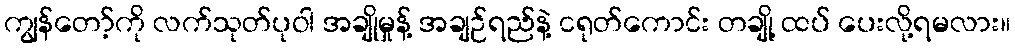
ကျွန်တော့်ကို လက်သုတ်ပုဝါ အချိုမှုန့် အချဉ်ရည်နဲ့ ငရုတ်ကောင်း တချို့ ထပ် ပေးလို့ရမလား။